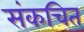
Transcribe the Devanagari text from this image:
संकचित